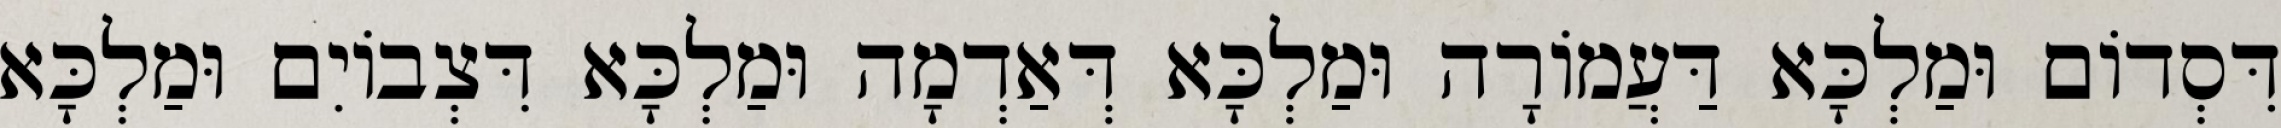
דִּסְדוֹם וּמַלְכָּא דַּעֲמוֹרָה וּמַלְכָּא דְּאַדְמָה וּמַלְכָּא דִּצְבוֹיִם וּמַלְכָּא